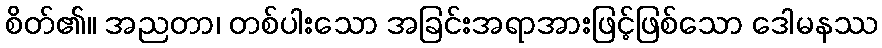
စိတ်၏။ အညတာ၊ တစ်ပါးသော အခြင်းအရာအားဖြင့်ဖြစ်သော ဒေါမနဿ